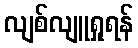
လျစ်လျူရှုရန်